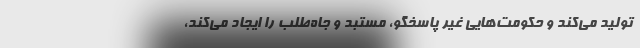
تولید می‌کند و حکومت‌هایی غیر پاسخگو، مستبد و جاه‌طلب را ایجاد می‌کند،